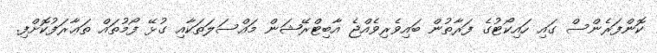
ކޮންފަރެންސް ގައި ހައިކޯޓުގެ ފަރާތުން ބައިވެރިވެއްޖެ އާބިޓްރޭޝަން މައްސަލަތަކާއި ގުޅޭ ފޯމުތައް ތަޢާރަފުކޮށްފި.